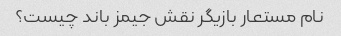
نام مستعار بازیگر نقش جیمز باند چیست؟